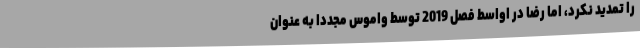
را تمدید نکرد، اما رضا در اواسط فصل 2019 توسط واموس مجدداً به عنوان